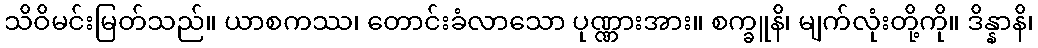
သိဝိမင်းမြတ်သည်။ ယာစကဿ၊ တောင်းခံလာသော ပုဏ္ဏားအား။ စက္ခူနိ၊ မျက်လုံးတို့ကို။ ဒိန္နာနိ၊